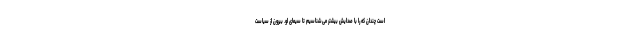
است چندان که را با صدایش بیشتر می‌شناسیم تا سیمای او. بیرون از سیاست